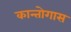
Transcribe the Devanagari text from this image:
कान्तोगास